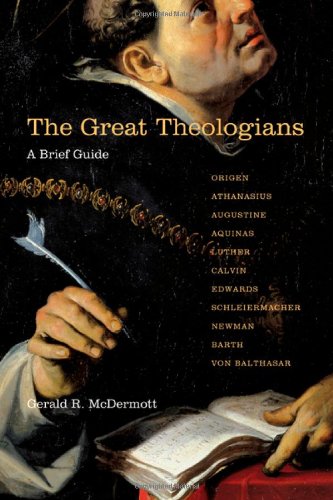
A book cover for The Great Theologians: A Brief Guide; Gerald R. McDermott; Christian Books & Bibles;